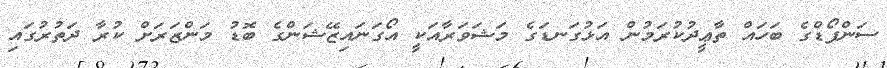
ސަންފޯޑްގެ ބަހައް ތާޢީދުކުރަމުން އަޅުގަނޑަގެ މަޝަވަރާއަކީ އޯގަނައިޒޭޝަންގެ ބޮޑު މަންޒަރަށް ކުރާ ދަތުރުގައި